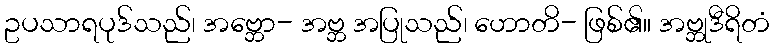
ဥပသာရပုဒ်သည်၊ အဗ္ဘော- အဗ္ဘ အပြုသည်၊ ဟောတိ- ဖြစ်၏။ အဗ္ဘုဒီရိတံ